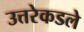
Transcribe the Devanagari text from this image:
उत्तरेकडले